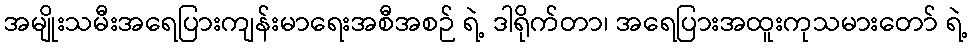
အမျိုးသမီးအရေပြားကျန်းမာရေးအစီအစဉ် ရဲ့ ဒါရိုက်တာ၊ အရေပြားအထူးကုသမားတော် ရဲ့